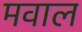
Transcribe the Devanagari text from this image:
मवाल